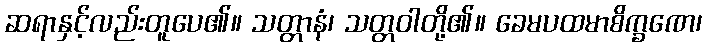
ဆရာနှင့်လည်းတူပေ၏။ သတ္တာနံ၊ သတ္တဝါတို့၏။ ခေမပထမာစိက္ခဏေ၊